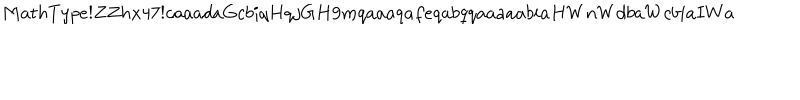
M a t h T y p e ! Z Z h x 4 7 ! c a a a d a G c b i q H q j G H 9 m q a a a q a f e q a b q q a a a a a b i a H W n W d b a W c b i a I W a